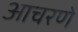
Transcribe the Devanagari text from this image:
आचरणे